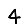
Digit: 4